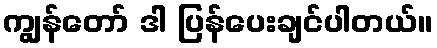
ကျွန်တော် ဒါ ပြန်ပေးချင်ပါတယ်။